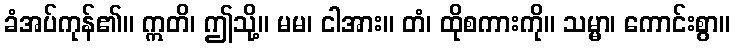
ခံအပ်ကုန်၏။ ဣတိ၊ ဤသို့။ မမ၊ ငါအား။ တံ၊ ထိုစကားကို။ သမ္မာ၊ ကောင်းစွာ။